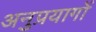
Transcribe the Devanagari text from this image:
अनुप्रयागों